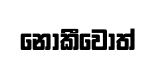
නොකීවොත්